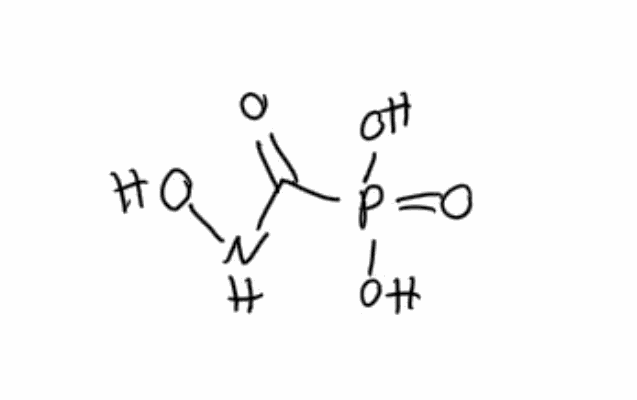
Simplified molecular-input line-entry system (SMILES) notation of the given molecule:
C(=O)(NO)P(=O)(O)O